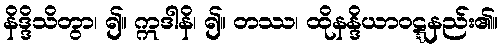
နိဒ္ဒိသိတွာ၊ ၍။ ဣဒါနိ၊ ၍။ တဿ၊ ထိုနန္ဒိယာဝဋ္ဋနည်း၏။